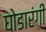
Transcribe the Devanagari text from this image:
घोडारंगी